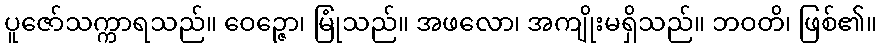
ပူဇော်သက္ကာရသည်။ ဝေဉ္ဇော၊ မြုံသည်။ အဖလော၊ အကျိုးမရှိသည်။ ဘဝတိ၊ ဖြစ်၏။